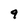
Character: 9